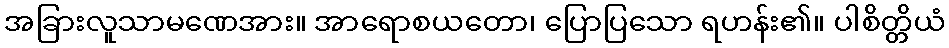
အခြားလူသာမဏေအား။ အာရောစယတော၊ ပြောပြသော ရဟန်း၏။ ပါစိတ္တိယံ